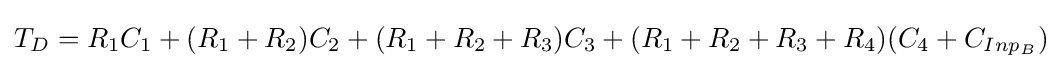
T_{D}=R_{1}C_{1}+(R_{1}+R_{2})C_{2}+(R_{1}+R_{2}+R_{3})C_{3}+(R_{1}+R_{2}+R_{3}+R_{4})(C_{4}+C_{Inp_{B}})